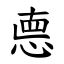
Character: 㥁